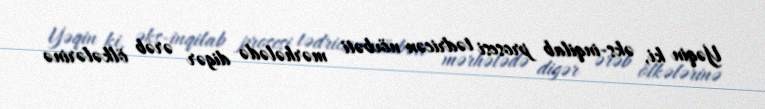
Yəqin ki, əks-inqilab prosesi tədricən növbəti mərhələdə digər ərəb ölkələrinə